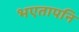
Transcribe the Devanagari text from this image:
भएतापनि